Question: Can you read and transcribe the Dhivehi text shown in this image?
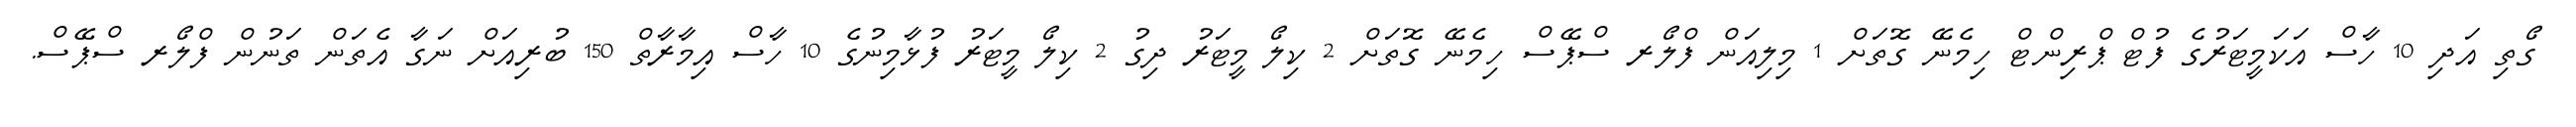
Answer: ގޯތި އަދި 10 ހާސް އަކަމީޓަރުގެ ފުޓް ޕްރިންޓް ހިމެނޭ ގޮތަށް 1 މިލިއަން ފްލޯރ ސްޕޭސް ހިމެނޭ ގޮތަށް 2 ކިލޯ މީޓަރު ދިގު 2 ކިލޯ މީޓަރު ފުޅާމިނުގެ 10 ހާސް އިމާރާތް 150 ބުރިއަށް ނަގާ އެތަން ތަނުން ފްލޯރ ސްޕޭސް.